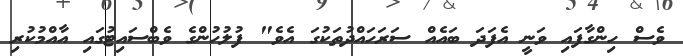
ވެސް ހިންގާފައި ވަނީ އެފަދަ ބައެއް ސަރަހައްދުތަކުގަ އެވެ" ފުލުހުންގެ ވެބްސައިޓުގައި އާއްމުކުރި